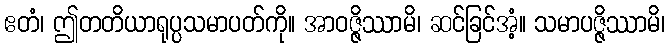
ဧတံ၊ ဤတတိယာရုပ္ပသမာပတ်ကို။ အာဝဇ္ဇိဿာမိ၊ ဆင်ခြင်အံ့။ သမာပဇ္ဇိဿာမိ၊